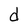
Character: d